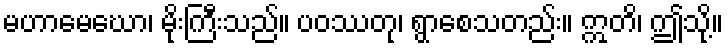
မဟာမေဃော၊ မိုးကြီးသည်။ ပဝဿတု၊ ရွာစေသတည်း။ ဣတိ၊ ဤသို့။